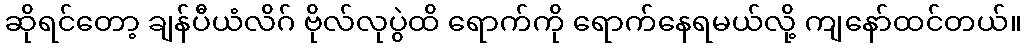
ဆိုရင်တော့ ချန်ပီယံလိဂ် ဗိုလ်လုပွဲထိ ရောက်ကို ရောက်နေရမယ်လို့ ကျနော်ထင်တယ်။